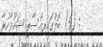
: (5) ބޮލުގައިރިއްސާތީ ޝަކުވާކުރާ